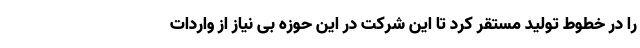
را در خطوط تولید مستقر کرد تا اين شركت در این حوزه بی نیاز از واردات